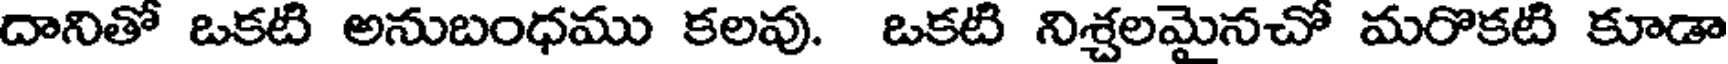
దానితో ఒకటి అనుబంధము కలవు. ఒకటి నిశ్చలమైనచో మరొకటి కూడా